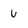
Character: u